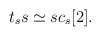
\begin{align*}t_ss\simeq sc_s[2].\end{align*}